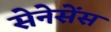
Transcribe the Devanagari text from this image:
सेनेसेंस